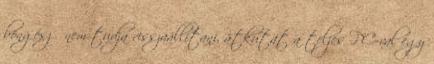
böngésző nem tudja visszaállítani, átkutat a teljes PC-val egy